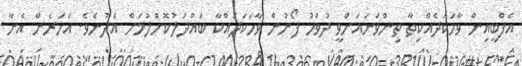
އެފްބީއިން ވާހަކަދެއްކިތާ ތިންވަނައަށްވީ ދުވަހު ފޯނުން ވާހަކަދައްކާ ބައްދަލުކޮށްލުމަށް އެދުނެވެ. އަހަރެން އެނާ